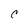
Character: C